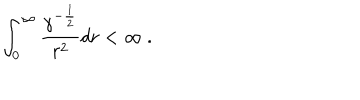
\int _ { 0 } ^ { \infty } { { \frac { \gamma ^ { - { \frac { 1 } { 2 } } } } { r ^ { 2 } } } } d r < \infty \ .